Annual statistical returns and brief notes on vaccination in Bengal - 1887-1898
Year: 1887
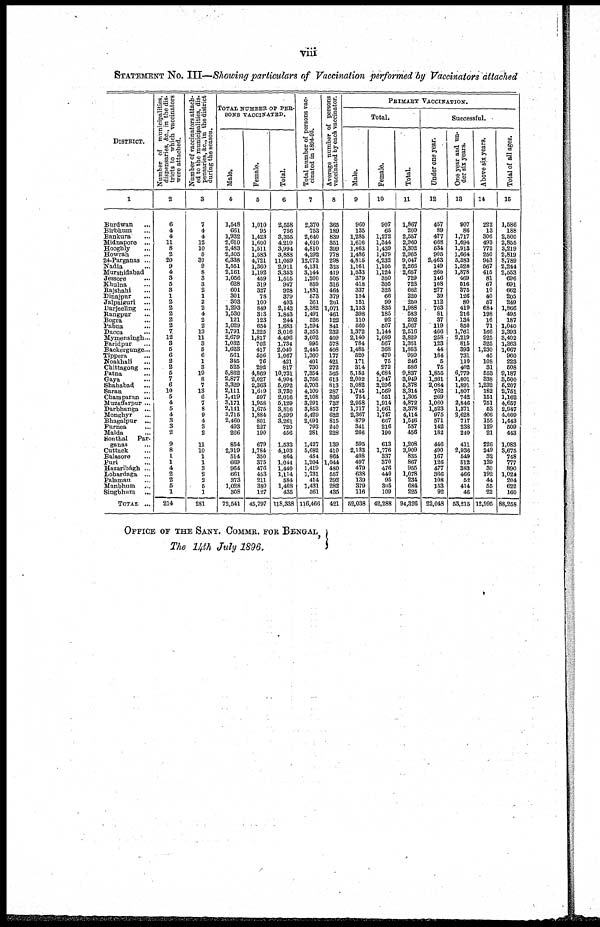
viii
STATEMENT No. III—Showing particulars of Vaccination performed by Vaccinators attached
DISTRICT.
1
Burdwan...
Birbhum...
Bankura...
Midnapore ...
Hooghly...
Howrah...
24-Parganas ...
Nadia...
Murshidabad...
Jessore...
Khulna...
Rajshahi...
Dinajpur...
Jalpaiguri...
Darjeeling...
Rangpur...
Bogra...
Pabna...
Dacca...
Mymensingh...
Faridpur...
Backergunge...
Tippera...
Noakhali...
Chittagong...
Patna...
Gaya...
Shahabad...
Saran...
Champaran ...
Muzaffarpur ...
Darbhanga...
Monghyr...
Bhagalpur...
Purnea...
Malda...
Sonthal Par-
ganas...
Cuttack...
Balasore...
Puri...
Hazaribagh ...
Lohardaga ...
Palamau...
Manbhum...
Singbhum...
TOTAL...
Number of municipalities,
dispensaries, &c, in the dis-
tricts to which vaccinators
were attached.
2
6
4
4
11
8
2
20
9
4
3
5
3
1
2
2
2
2
2
7
12
3
5
6
2
2
5
7
6
10
5
4
5
4
3
3
2
9
8
1
1
4
2
2
5
1
214
Number of vaccinators attach-
ed to the municipalities, dis-
S ensaries, &c, in the district
during
the season.
3
7
4
4
12
10
5
87
9
8
3
3
2
1
2
2
4
2
2
13
11
3
5
6
1
3
19
8
7
13
6
7
8
9
4
3
2
11
10
1
1
3
2
2
5
1
281
TOTAL NUMBER OF PER-
SONS VACCINATED.
Male.
4
1,548
661
1,932
2,610
2,483
2,305
6,338
1,551
2,161
1,056
628
601
301
303
1,293
1,530
121
1,029
1,791
2,679
1,032
1,623
561
345
525
5,862
2,877
3,329
2,111
1,419
3,171
2,141
3,715
2,460
493
266
854
2,319
514
669
964
661
373
1,028
308
72,541
Female.
5
1,010
95
1,423
1,600
1,511
1,583
4,721
1,360
1,192
459
319
327
78
100
849
313
123
654
1,225
1,817
702
417
506
76
292
4,869
2,027
2,363
1,619
597
1,958
1,675
1,884
801
227
190
679
1,784
350
375
476
453
211
380
127
45,797
Total.
6
2,558
756
3,355
4,210
3,994
3,888
11,059
2,911
3,353
1,515
947
928
379
403
2,142
1,843
244
1,683
3,016
4,496
1,734
2,040
1,067
421
817
10,731
4,904
5,692
3,730
2,016
5,129
3,816
5,599
3,261
720
456
1,533
4,103
864
1,044
1,440
1,114
584
1,408
435
118,338
Total number of persons vac-
cinated in 1894-95.
7
2,370
753
2,640
4,010
4,810
4,292
12,072
4,131
3,144
1,200
859
1,881
573
361
3,382
1,491
526
1,594
3,353
3,602
995
2,445
1,360
401
730
7,354
3,756
5,703
4,109
2,108
3,291
3,853
5,429
2,691
793
281
1,427
5,682
454
1,204
1,419
1,731
414
1,431
361
116,466
Average number of persons
vaccinated by each vaccinator.
8
365
189
839
351
399
778
298
323
419
505
316
464
379
201
1,071
461
122
841
232
409
578
408
177
421
272
565
613
813
287
336
733
477
622
815
240
228
139
410
864
1,044
480
557
292
282
435
421
PRIMARY VACCINATION.
Total.
Male.
9
960
135
1,285
1,616
1,863
1,486
4,815
1,161
1,533
379
418
337
154
151
1,153
398
110
560
1,372
2,140
784
1,485
520
171
314
5,153
2,002
3,082
1,745
754
2,958
1,717
2,367
879
341
266
595
2,133
498
497
479
638
139
379
116
52,038
Female.
10
907
65
1,272
1,344
1,439
1,479
4,232
1,105
1,124
350
305
325
66
99
835
185
92
507
1,144
1,689
567
368
479
75
272
4,684
1,947
2,296
1,569
551
1,914
1,661
1,747
667
216
190
613
1,776
337
370
476
440
95
305
109
42,288
Total.
11
1,867
200
2,557
2,960
3,302
2,965
9,047
2,266
2,657
729
723
662
220
250
1,988
583
202
1,067
2,516
3,829
1,351
1,853
999
246
586
9,837
3,949
5,378
3,314
1,305
4,872
3,378
4,114
1,546
557
456
1,208
3,909
835
867
955
1,078
234
684
225
94,326
Successful.
Under one year.
12
457
89
477
668
534
905
2,463
149
260
146
108
277
39
112
763
81
37
119
466
258
123
44
184
5
75
1,855
1,361
2,034
762
269
1,060
1,523
975
571
142
182
446
490
167
126
477
366
108
153
92
22,048
One year and un-
der six years.
13
907
86
1,717
1,694
1,913
1,664
5,383
1,528
1,878
469
516
375
126
80
419
216
134
850
1,761
2,219
815
393
731
110
402
6,779
1,801
1,891
1,807
742
2,846
1,371
2,628
717
238
240
411
2,936
549
512
383
466
52
414
46
53,215
Above six years.
14
222
13
806
493
772
250
943
567
415
81
67
10
40
57
684
198
16
71
166
925
325
1,230
45
108
31
553
338
1,232
182
151
761
53
406
155
129
21
226
249
32
139
30
192
44
55
22
12,995
Total of all ages.
15
1,586
188
2,500
2,855
3,219
2,819
8,789
2,244
2,553
696
691
662
205
249
1,866
495
187
1,040
2,393
3,402
1,263
1,667
960
223
508
9,187
3,500
5,207
2,751
1,162
4,657
2,947
4,009
1,443
509
443
1,083
3,675
748
777
890
1,024
204
622
160
88,258
OFFICE OF THE SANY. COMMR. FOR BENGAL,
The 14th July 1896.